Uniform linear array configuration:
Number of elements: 4
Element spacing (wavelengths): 1
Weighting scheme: cosine
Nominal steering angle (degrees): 45
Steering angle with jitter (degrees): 44.961
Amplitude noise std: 0.05
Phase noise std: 0.05

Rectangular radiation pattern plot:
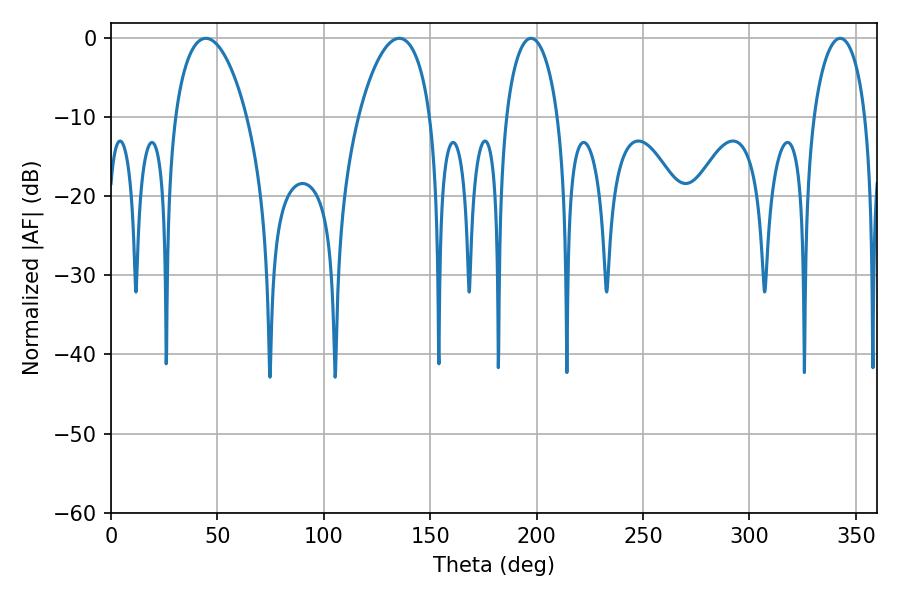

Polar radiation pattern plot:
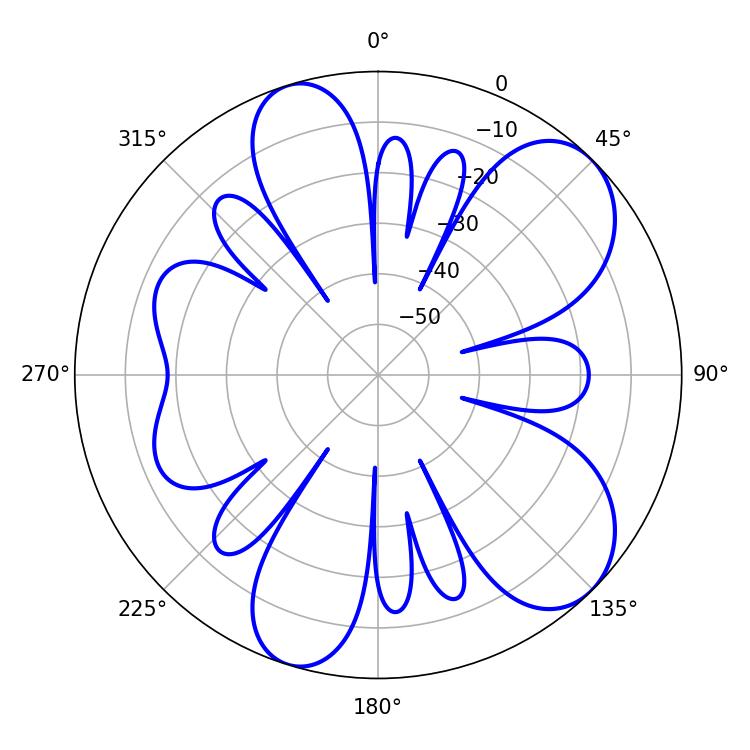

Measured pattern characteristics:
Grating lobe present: TRUE
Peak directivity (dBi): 8.102
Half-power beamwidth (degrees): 19.08
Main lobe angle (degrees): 44.64